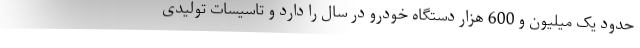
حدود یک میلیون و 600 هزار دستگاه خودرو در سال را دارد و تاسیسات تولیدی